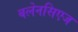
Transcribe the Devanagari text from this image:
बलेनसिएज